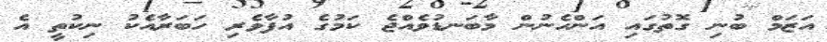
އަޒަމް ބުނި ގޮތުގައި އަންހެނުން މާބަނޑުވެއްޖެ ކަމުގެ އުފާވެރި ހަބަރާއެކު ނިކުތީ އެ